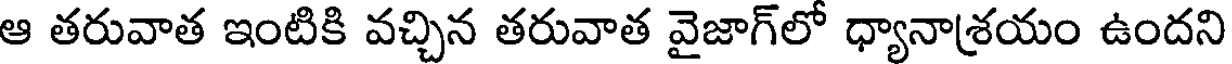
ఆ తరువాత ఇంటికి వచ్చిన తరువాత వైజాగ్లో ధ్యానాశయం ఉందని